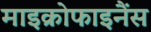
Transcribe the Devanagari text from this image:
माइक्रोफाइनैंस